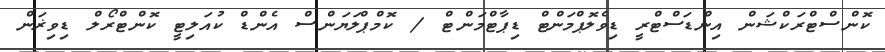
ކޮންސްޓްރަކްޝަން އިންޑަސްޓްރީ ޑިވެލޮޕްމަންޓް ޑިޕާޓްމަންޓް / ކޮމްޕްލަޔަންސް އެންޑް ކުއަލިޓީ ކޮންޓްރޯލް ޑިވިޜަން